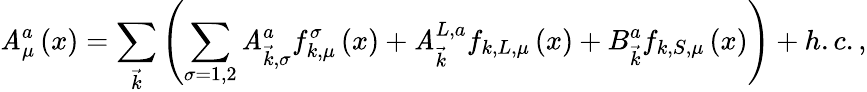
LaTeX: \mathit{A}_{\mu}^{a}\left(x\right)=\sum_{\vec{{k}}}\left(\sum_{\sigma=1,2}\mathit{A}_{\vec{{k}},\sigma}^{a}f_{k,\mu}^{\sigma}\left(x\right)+\mathit{A}_{\vec{{k}}}^{L,a}f_{k,L,\mu}\left(x\right)+B_{\vec{{k}}}^{a}f_{k,S,\mu}\left(x\right)\right)+h.c.,